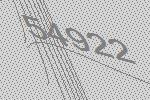
54922